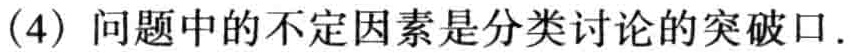
(4) 问题中的不定因素是分类讨论的突破口.